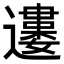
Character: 𨘒